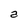
Character: a